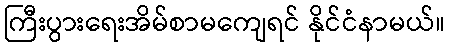
ကြီးပွားရေးအိမ်စာမကျေရင် နိုင်ငံနာမယ်။